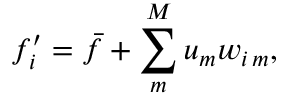
f _ { i } ^ { \prime } = \bar { f } + \sum _ { m } ^ { M } u _ { m } w _ { i \, m } ,